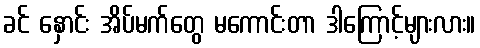
ခင် နှောင်း အိပ်မက်တွေ မကောင်းတာ ဒါကြောင့်များလား။